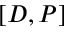
[ D , P ]